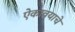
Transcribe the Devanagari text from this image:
ऐकावयाचे